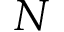
N